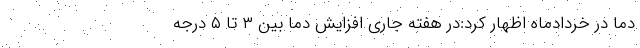
دما در خردادماه اظهار کرد:در هفته جاری افزایش دما بین ۳ تا ۵ درجه